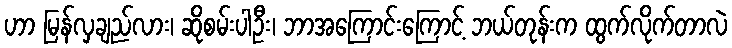
ဟာ မြန်လှချည်လား၊ ဆိုစမ်းပါဦး၊ ဘာအကြောင်းကြောင့် ဘယ်တုန်းက ထွက်လိုက်တာလဲ